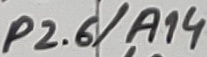
Text: P2.6/A14